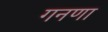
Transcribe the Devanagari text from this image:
गनणा